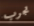
تجرب